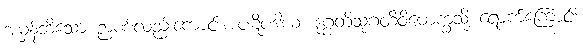
အမှန်ဘိသော ဉာဏ်လည်းကောင်း။ ပဋိပဒါယ၊ ဒုဂ္ဂတိသုဂတိဝိမောက္ခသို့ ရောက်ကြောင်း